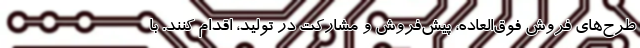
طرح‌های فروش فوق‌العاده، پیش‌فروش و مشارکت در تولید، اقدام کنند. با